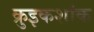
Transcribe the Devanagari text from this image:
क्रुइकशांक